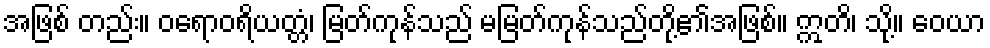
အဖြစ် တည်း။ ဝရောဝရိယတ္တံ၊ မြတ်ကုန်သည် မမြတ်ကုန်သည်တို့၏အဖြစ်။ ဣတိ၊ သို့။ ဝေယာ